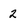
Character: 2